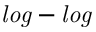
\it { l o g } - \it { l o g }